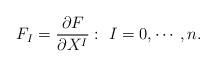
LaTeX: \begin{align*}F_I=\frac{\partial F}{\partial X^I}: \ I=0, \cdots, n.\end{align*}